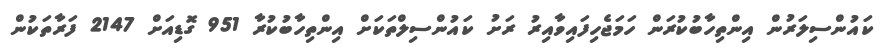
ކައުންސިލަރުން އިންތިހާބުކުރަން ހަމަޖެހިފައިވާއިރު ރަށު ކައުންސިލްތަކަށް އިންތިހާބުކުރާ 951 ގޮޑިއަށް 2147 ފަރާތަކުން